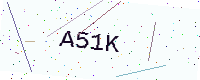
Text: A51K